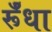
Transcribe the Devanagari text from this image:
र्रूँधा